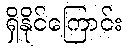
ရှိနိုင်ကြောင်း